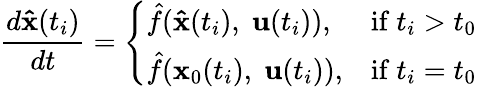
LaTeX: \frac{d\mathbf{\hat{x}}(t_{i})}{dt}=\left\{ \begin{array}{ll}{\hat{f}(\mathbf{\hat{x}}(t_{i}),\; \mathbf{u}(t_{i})),}&{\mathrm{if~}t_{i}>t_{0}}\\ {\hat{f}(\mathbf{x}_{0}(t_{i}),\; \mathbf{u}(t_{i})),}&{\mathrm{if~}t_{i}=t_{0}}\end{array}\right.